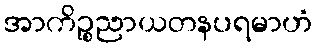
အာကိဉ္စညာယတနပရမာဟံ